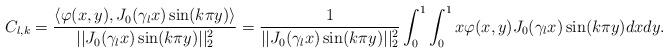
LaTeX: \begin{align*}C_{l, k} = \frac{\langle \varphi(x,y), J_0(\gamma_l x) \sin(k\pi y) \rangle}{||J_0(\gamma_l x) \sin(k \pi y)||_2^2} = \frac{1}{||J_0(\gamma_l x) \sin(k \pi y)||_2^2} \int_0^1 \int_0^1 x\varphi(x,y) J_0(\gamma_l x)\sin(k \pi y) dx dy.\end{align*}